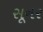
સૂનર